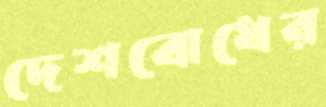
দেশবোধের